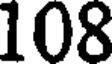
108